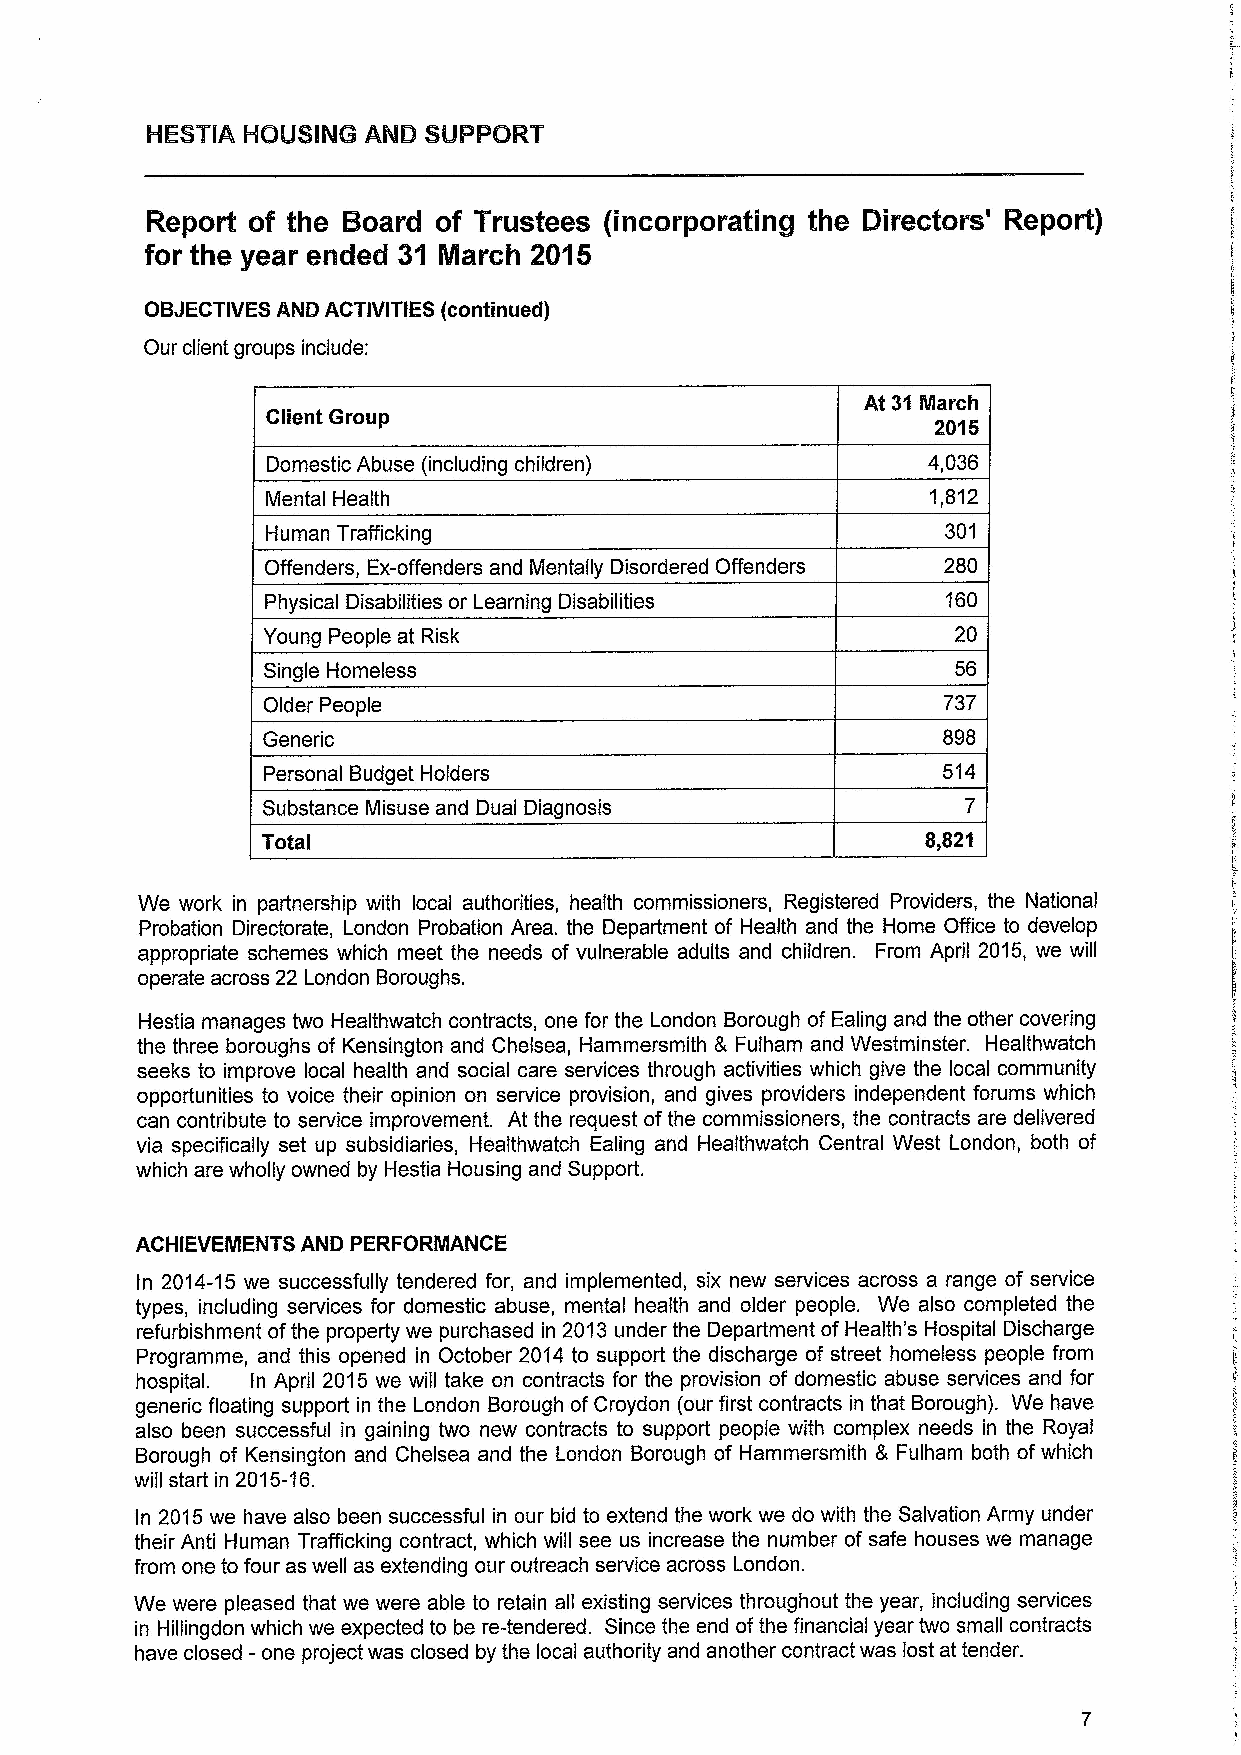
Report of the Board of Trustees (incorporating the Directors' Report)
 for the year ended 31 March 20'i5
 OBJECTIVESAND ACTIVITIES (continued)
 Our client groups include:
 At 31 Ilarch
 Client Group
 2016
 Domestic Abuse (including children)        4,036
 Mental Health                               1,812
 Human Trafficking                            301
 Offenders, Ex-offenders and Mentally Disordered Offenders 280
 Physical Disabilities or Learning Disabilities 160
 Young People at Risk                          20
 Single Homeless                               56
 Older People                                 737
 Generic                                      898
 Personal Budget Holders                      514
 Substance Misuse and Dual Diagnosis
 Total                                       8„821
 We work in partnership with local authorities, health commissioners, Registered Providers, the National
 Probation Directorate, London Probation Area. the Department of Health and the Home Office to develop
 appropriate schemes which meet the needs of vulnerable adults and children. From April 2015, we will
 operate across 22 London Boroughs.
 Hestia manages two Healthwatch contracts, one for the London Borough of Ealing and the other covering
 the three boroughs of Kensington and Chelsea, Hammersmith 8 Fulham and Westminster. Healthwatch
 seeks to improve local health and social care services through activities which give the local community
 opportunities to voice their opinion on service provision, and gives providers independent forums which
 can contribute to service improvement. At the request of the commissioners, the contracts are delivered
 via specifically set up subsidiaries, Healthwatch Ealing and Healthwatch Central West London, both of
 which are wholly owned by Hestia Housing and Support.
 ACHIEVEIIENTS AND PERFORIIANCE
 In 2014-15 we successfully tendered for, and implemented, six new services across a range of service
 types, including services for domestic abuse, mental health and older people. We also completed the
 refurbishment ofthe property we purchased in 2013under the Department of Health's Hospital Discharge
 Programme, and this opened in October 2014 to support the discharge of street homeless people from
 hospital. In April 2015we will take on contracts for the provision of domestic abuse services and for
 generic floating support in the London Borough ofCroydon (our first contracts in that Borough). We have
 also been successful in gaining two new contracts to support people with complex needs in the Royal
 Borough of Kensington and Chelsea and the London Borough of Hammersmith 8 Fulham both ofwhich
 will start in 2015-16.
 In 2015we have also been successful in our bid to extend the work we do with the Salvation Army under
 their Anti Human Trafficking contract, which will see us increase the number of safe houses we manage
 from one to four as well as extending our outreach service across London.
 We were pleased that we were able to retain all existing services throughout the year, including services
 in Hillingdon which we expected to be re-tendered. Since the end ofthe financial year two small contracts
 have closed -one project was closed by the local authority and another contract was lost at tender.